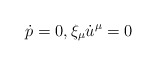
\begin{align*} \dot{p}=0,\xi_\mu \dot{u}^\mu=0\end{align*}